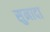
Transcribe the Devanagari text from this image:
सुनादा